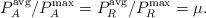
LaTeX: \begin{align*}{{{P_A^{\rm{avg}}}}}/{{P_A^{\max }}} = {{P_R^{\rm{avg}}}}/{{P_R^{\max }}} = \mu.\end{align*}